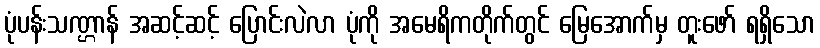
ပုံပန်းသဏ္ဌာန် အဆင့်ဆင့် ပြောင်းလဲလာ ပုံကို အမေရိကတိုက်တွင် မြေအောက်မှ တူးဖော် ရရှိသော